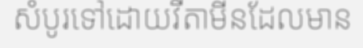
សំបូរទៅដោយវីតាមីនដែលមាន